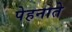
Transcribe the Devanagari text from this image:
पेहनाते